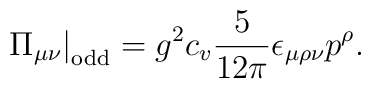
\Pi_{\mu\nu}\big|_\mathrm{odd}=g^2c_v\frac{5}{12\pi}\epsilon_{\mu\rho\nu}p^\rho.